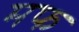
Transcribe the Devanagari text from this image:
मफ